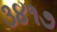
૩૪૧૭